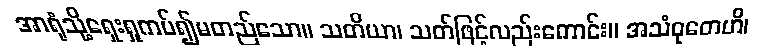
အာရုံသို့ရှေးရှုကပ်၍မတည်သော။ သတိယာ၊ သတ်ဖြင့်လည်းကောင်း။ အသံဝုတေဟိ၊